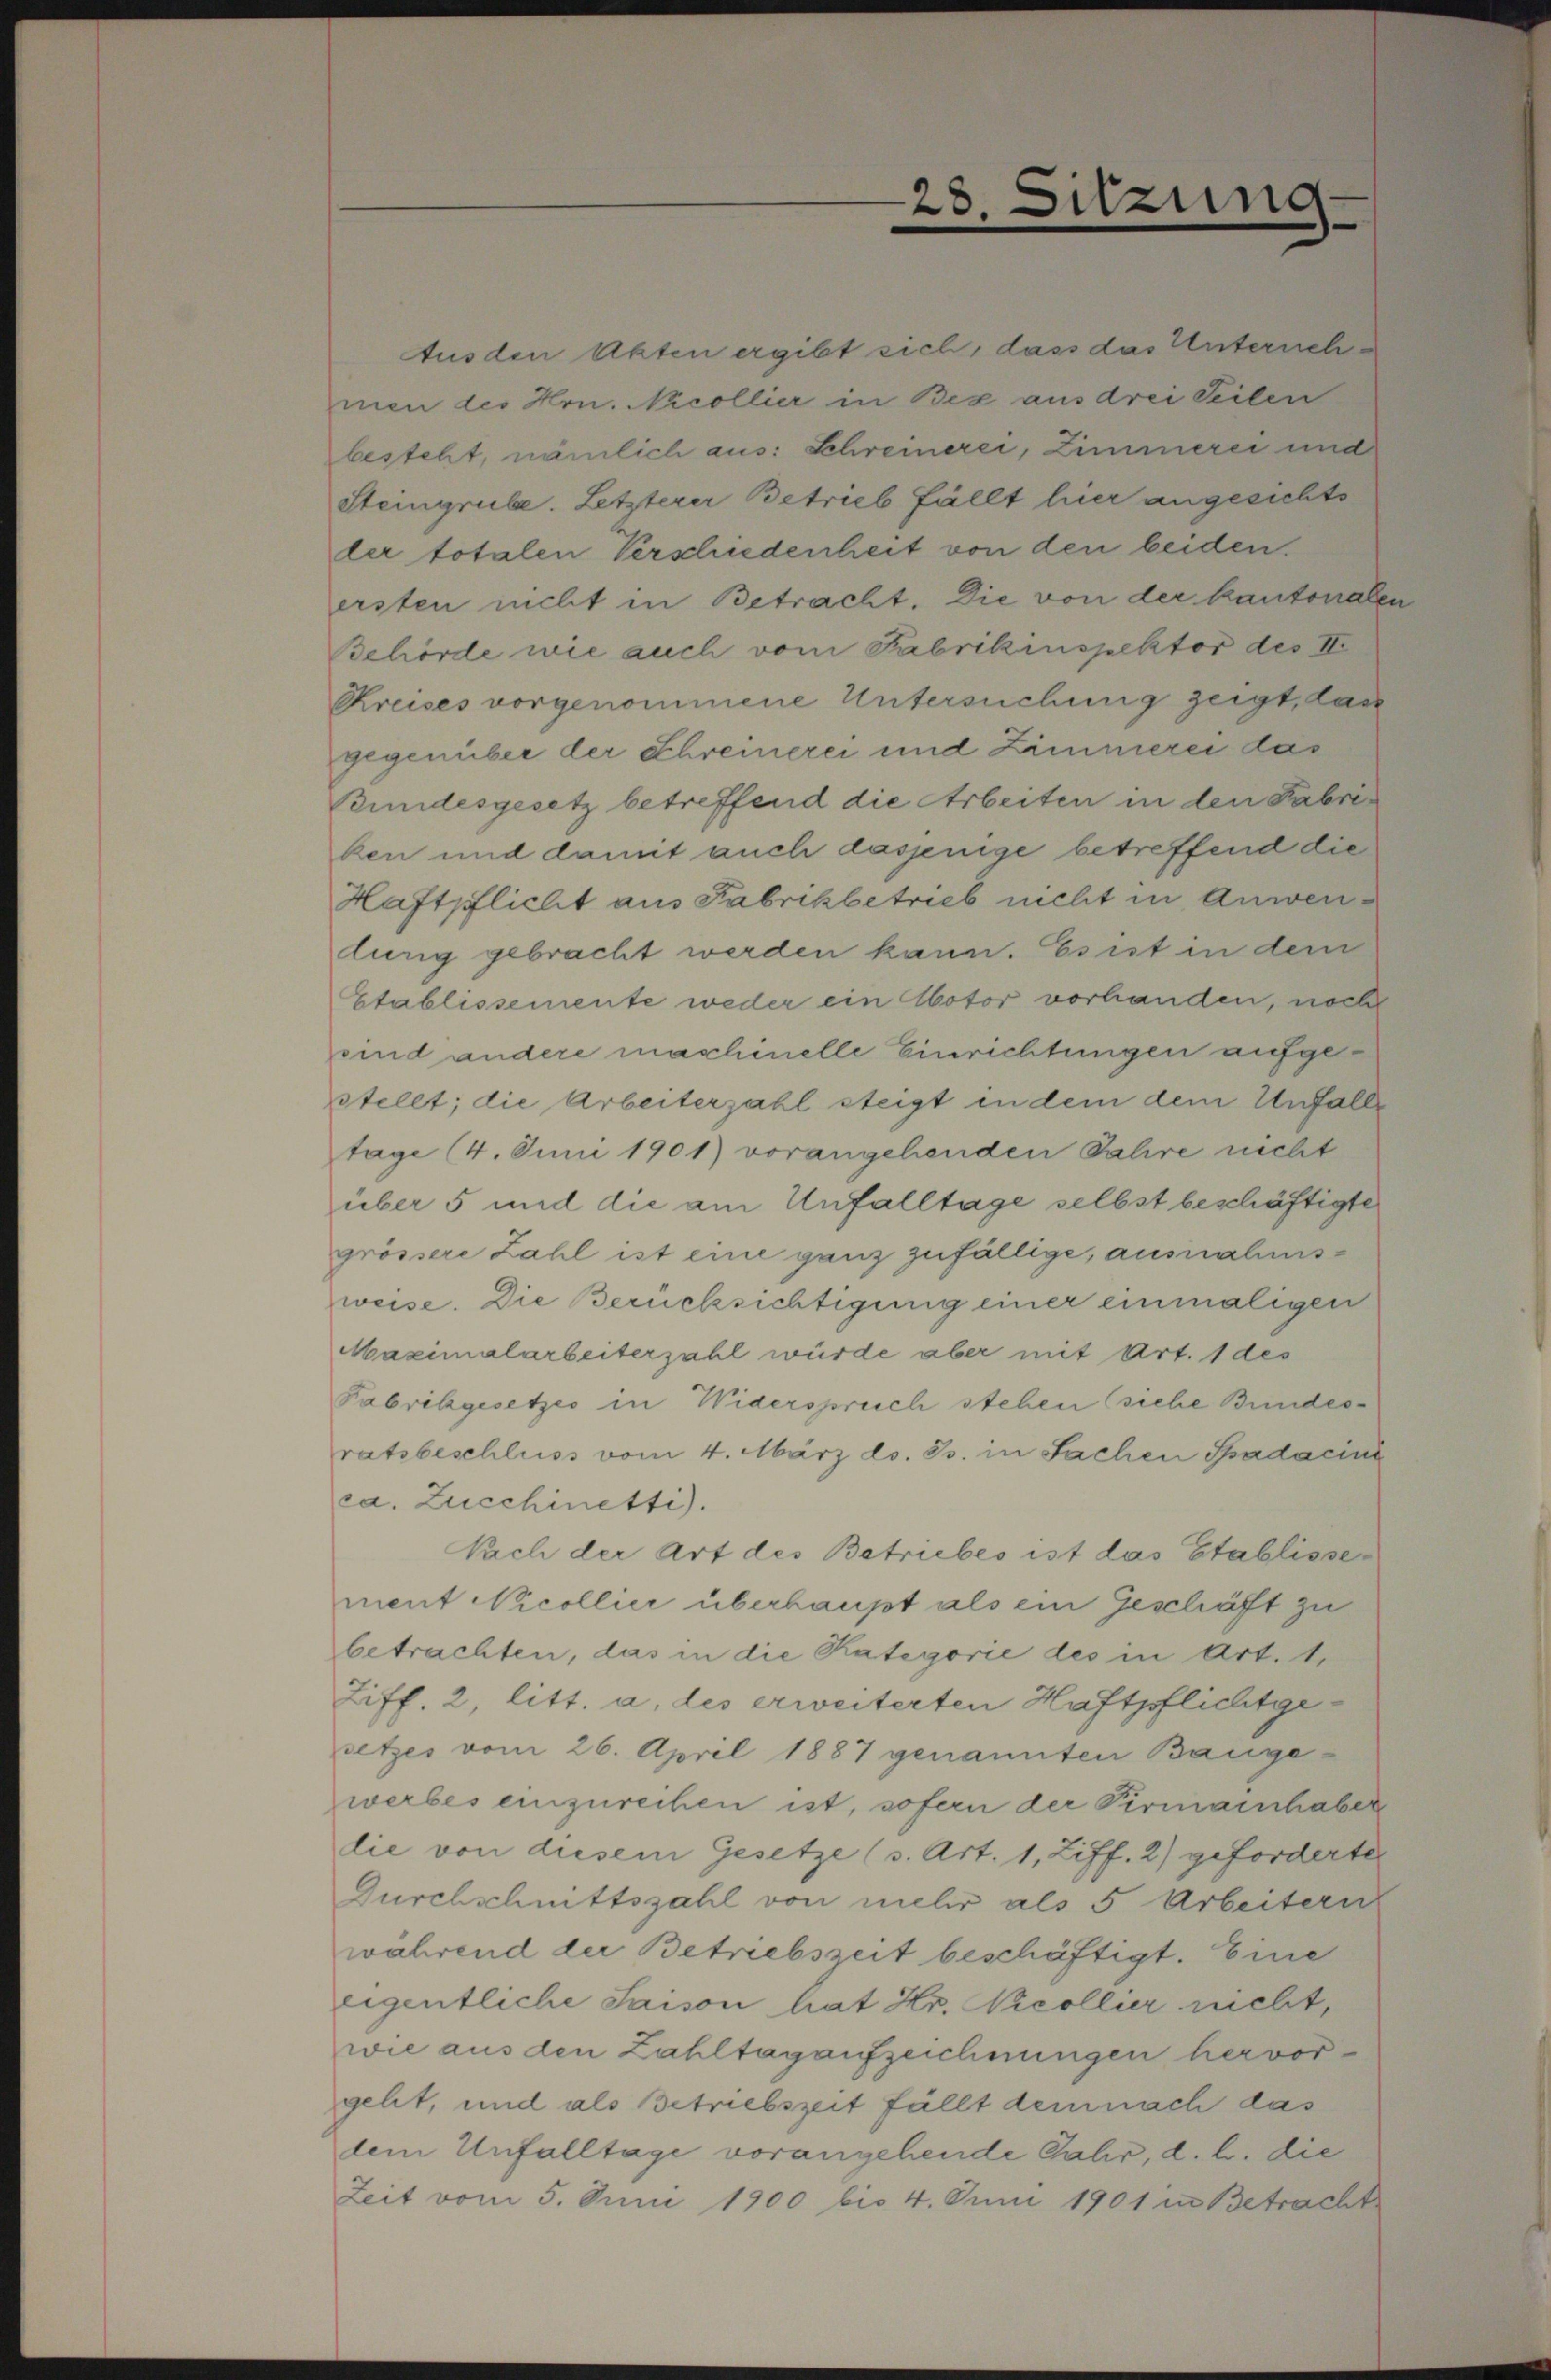
28.

dzu

ng

Aus den Akten ergibt sich, dass das Unterneh-
men des Hrn. Nicollier in Bex aus drei Teilen
besteht, nämlich aus: Schreinerei, Zimmerei und
Steingrube. Letzterer Betrieb fällt hier angesichts
ler totalen Verschiedenheit von den beiden.
ersten nicht in Betracht. Die von der kantonaler
Behörde wie auch vom Fabrikinspektor des II.
Kreises vorgenommene Untersuchung zeigt, das
gegenüber der Schreinerei und Zimmerei das
Bundesgesetz betreffend die Arbeiten in den Fabriben und damit auch dasjenige betreffend die
Haftpflicht aus Fabrikbetrieb nicht in Anwendung gebracht werden kann. Es ist in dem
Etablissemente weder ein Notor vorhanden, noch
sind andere maschinelle Einrichtungen aufgestellt; die Arbeiterzahl steigt in dem dem Unfalle
tage (4. Juni 1901) vorangehenden Jahre nicht
über 5 und die am Unfalltage selbst beschäftigte
grössere Zahl ist eine ganz zufällige, ausnahmsweise. Die Berücksichtigung einer einmaligen
Maximalarbeiterzahl würde aber mit Art. 1 des
Fabrikgesetzes in Widerspruch stehen (siche Bundesratsbeschluss vom 4. März d. Js. in Sachen Spadacine
ca. Zucchinetti).
Nach der Art des Betriebes ist das Etablissement Nicollier überhaupt als ein Geschäft zu
betrachten, das in die Kategorie des in Art. 1.
Ziff. 2, litt. a. des erweiterten Haftpflichtgesetzes vom 26. April 1887 genannten Baugewerbes einzureihen ist, sofern der Firmainhaber
lie von diesem Gesetze (s. Art. 1, Ziff. 2) geforderte
Durchschnittszahl von mehr als 5 Arbeitern
während der Betriebszeit beschäftigt. Eine
eigentliche Saison hat Hr. Nicollier nicht,
wie aus den Zahltag aufzeichnungen hervorgelt, und als Betriebszeit fällt dem nach das
dem Unfalltage vorangehende Jahr, d. h. die
Zeit vom 5. Juni 1900 bis 4. Juni 1901 in Betracht